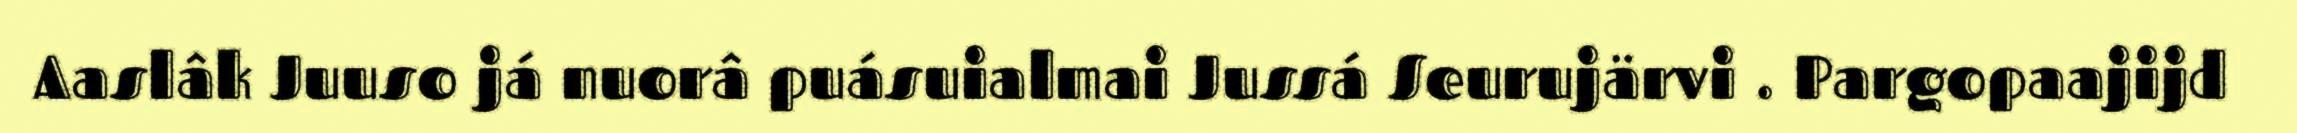
Aaslâk Juuso já nuorâ puásuialmai Jussá Seurujärvi . Pargopaajijd